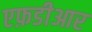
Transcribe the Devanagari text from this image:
एफ़डीआर